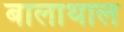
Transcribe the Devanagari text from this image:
बालाथाल